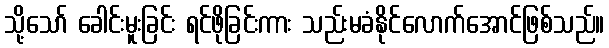
သို့သော် ခေါင်းမူးခြင်း ရင်ဖိုခြင်းကား သည်းမခံနိုင်လောက်အောင်ဖြစ်သည်။